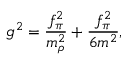
g ^ { 2 } = { \frac { f _ { \pi } ^ { 2 } } { m _ { \rho } ^ { 2 } } } + { \frac { f _ { \pi } ^ { 2 } } { 6 m ^ { 2 } } } ,